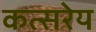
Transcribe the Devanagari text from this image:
कत्सरेय